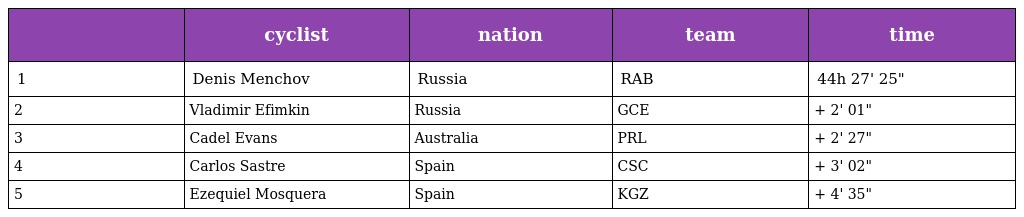
|  | cyclist | nation | team | time |
 | --- | --- | --- | --- | --- |
 | 1 | Denis Menchov | Russia | RAB | 44h 27' 25" |
 | 2 | Vladimir Efimkin | Russia | GCE | + 2' 01" |
 | 3 | Cadel Evans | Australia | PRL | + 2' 27" |
 | 4 | Carlos Sastre | Spain | CSC | + 3' 02" |
 | 5 | Ezequiel Mosquera | Spain | KGZ | + 4' 35" |